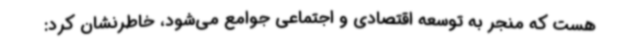
هست که منجر به توسعه اقتصادی و اجتماعی جوامع می‌شود، خاطرنشان کرد: